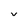
Character: v